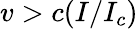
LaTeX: v>c(I/I_{c})